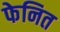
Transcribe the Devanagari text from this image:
फेनित